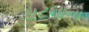
ઘટનાના